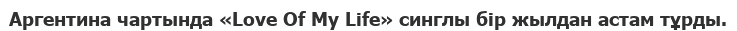
Аргентина чартында «Love Of My Life» синглы бір жылдан астам тұрды.